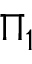
\Pi _ { 1 }